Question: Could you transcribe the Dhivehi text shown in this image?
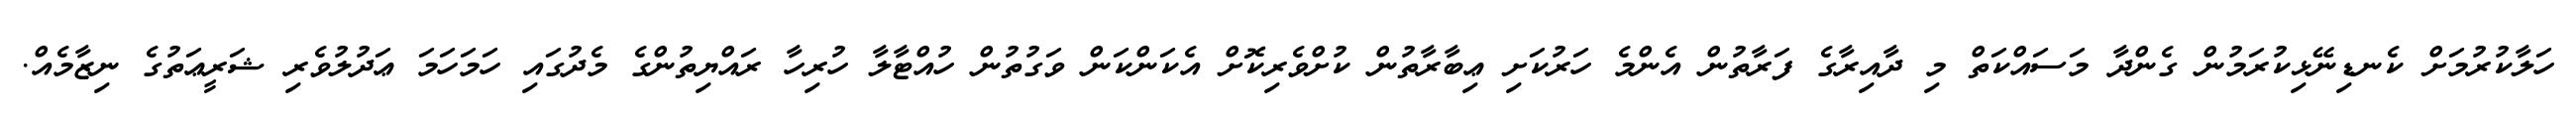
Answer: ހަލާކުރުމަށް ކެނޑިނޭޅިކުރަމުން ގެންދާ މަސައްކަތް މި ދާއިރާގެ ފަރާތުން އެންމެ ހަރުކަށި ޢިބާރާތުން ކުށްވެރިކޮށް އެކަންކަން ވަގުތުން ހުއްޓާލާ ހުރިހާ ރައްޔިތުންގެ މެދުގައި ހަމަހަމަ ޢަދުލުވެރި ޝަރީޢަތުގެ ނިޒާމެއް.